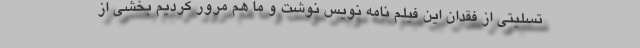
تسلیتی از فقدان این فیلم نامه نویس نوشت و ما هم مرور کردیم بخشی از